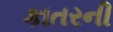
કાતરની